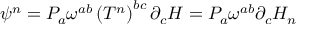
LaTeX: \psi ^ { n } = { \cal { P } } _ { a } \omega ^ { a b } \left( T ^ { n } \right) ^ { b c } \partial _ { c } H = { \cal { P } } _ { a } \omega ^ { a b } \partial _ { c } H _ { n }